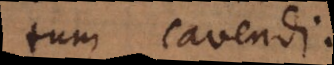
tum cavendi.